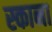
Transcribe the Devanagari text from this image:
स्काना